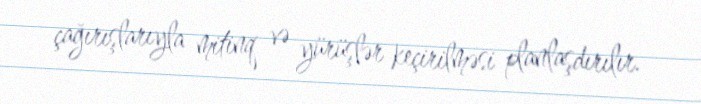
çağırışlarıyla mitinq və yürüşlər keçirilməsi planlaşdırılır.